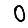
Digit: 0